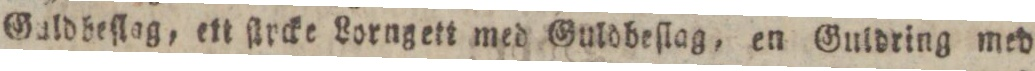
Galdbeſlag, ett ſtrcke Lorngett med Guldbeſlag, en Guldring med